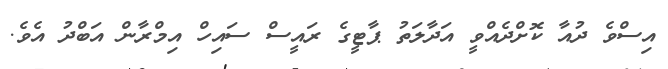
އިސްވެ ދުއާ ކޮށްދެއްވީ އަދާލަތު ޕާޓީގެ ރައީސް ސައިހް އިމްރާން އަބްދު އެވެ.